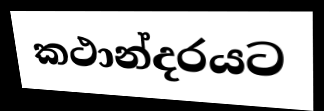
කථාන්දරයට